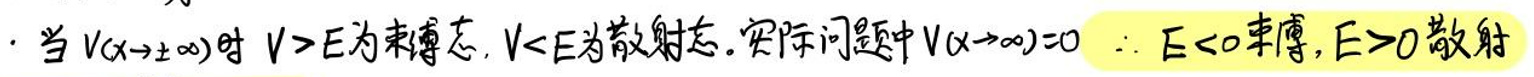
当\(V(x\rightarrow \pm \infty)\)时 \(V>E\)为束缚态，\(V<E\)为散射态。实际问题中\(V(x\rightarrow \pm \infty)=0\) \(\therefore E<0\)束缚，\(E>0\)散射